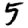
Digit: 5